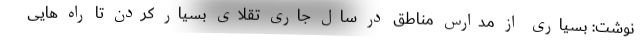
نوشت: بسیاری از مدارس مناطق در سال جاری تقلای بسیار کردن تا راه هایی